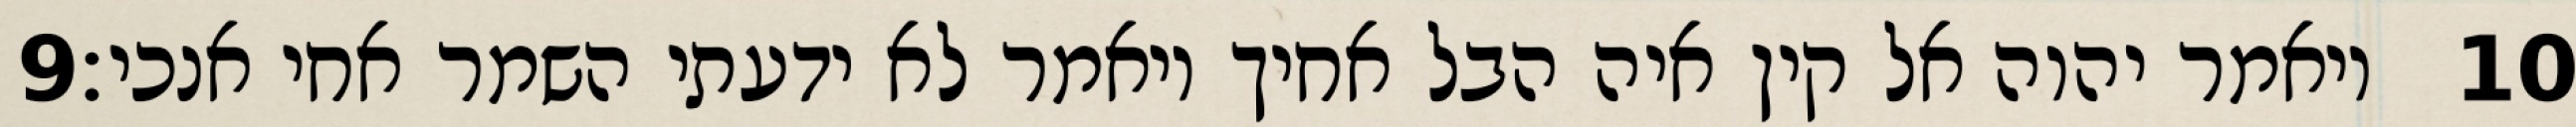
‎9‏ ויאמר יהוה אל קין איה הבל אחיך ויאמר לא ידעתי השמר אחי אנכי׃ ‎10‏